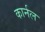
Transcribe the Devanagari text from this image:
कार्नल